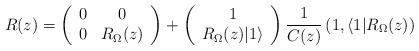
LaTeX: \begin{align*} R(z) = \left( \begin{array}{cc} 0&0 \\ 0& R_{\Omega}(z)\end{array}\right) +\left(\begin{array}{c} 1 \\ R_{\Omega}(z)|1 \rangle\end{array}\right)\frac{1}{C(z)} \left( 1, \langle 1 | R_{\Omega}(z) \right ) \end{align*}